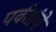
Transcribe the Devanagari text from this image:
पर्वतांचे